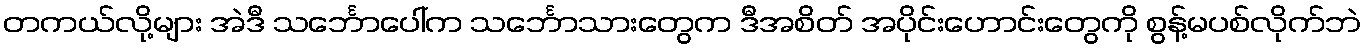
တကယ်လို့များ အဲဒီ သင်္ဘောပေါ်က သင်္ဘောသားတွေက ဒီအစိတ် အပိုင်းဟောင်းတွေကို စွန့်မပစ်လိုက်ဘဲ